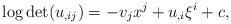
LaTeX: \begin{align*} \log\det (u_{,ij})=-v_jx^j+u_{,i}\xi^i+c, \end{align*}